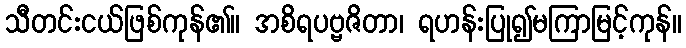
သီတင်းငယ်ဖြစ်ကုန်၏။ အစိရပဗ္ဗဇိတာ၊ ရဟန်းပြု၍မကြာမြင့်ကုန်။